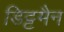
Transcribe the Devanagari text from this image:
डिट्टमैन